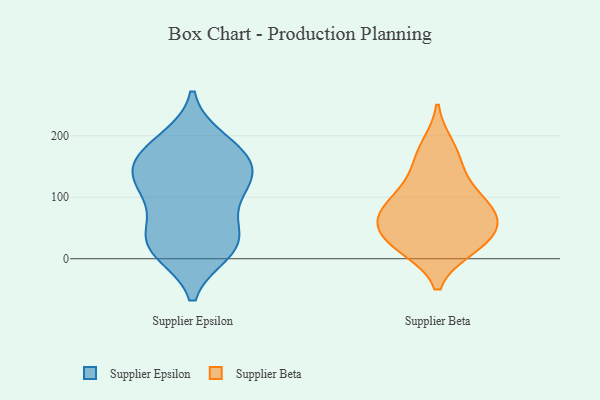
{"axis": {"x": "Net Income (USD K)", "y": "Value"}, "legend": ["Supplier Beta", "Supplier Epsilon"], "data": [{"x": "", "y": 100, "type": "Supplier Epsilon"}, {"x": "", "y": 121, "type": "Supplier Epsilon"}, {"x": "", "y": 11, "type": "Supplier Epsilon"}, {"x": "", "y": 22, "type": "Supplier Epsilon"}, {"x": "", "y": 186, "type": "Supplier Epsilon"}, {"x": "", "y": 48, "type": "Supplier Epsilon"}, {"x": "", "y": 156, "type": "Supplier Epsilon"}, {"x": "", "y": 150, "type": "Supplier Epsilon"}, {"x": "", "y": 127, "type": "Supplier Epsilon"}, {"x": "", "y": 13, "type": "Supplier Epsilon"}, {"x": "", "y": 171, "type": "Supplier Epsilon"}, {"x": "", "y": 23, "type": "Supplier Epsilon"}, {"x": "", "y": 193, "type": "Supplier Epsilon"}, {"x": "", "y": 108, "type": "Supplier Epsilon"}, {"x": "", "y": 147, "type": "Supplier Epsilon"}, {"x": "", "y": 49, "type": "Supplier Epsilon"}, {"x": "", "y": 27, "type": "Supplier Beta"}, {"x": "", "y": 182, "type": "Supplier Beta"}, {"x": "", "y": 159, "type": "Supplier Beta"}, {"x": "", "y": 123, "type": "Supplier Beta"}, {"x": "", "y": 56, "type": "Supplier Beta"}, {"x": "", "y": 18, "type": "Supplier Beta"}, {"x": "", "y": 20, "type": "Supplier Beta"}, {"x": "", "y": 48, "type": "Supplier Beta"}, {"x": "", "y": 88, "type": "Supplier Beta"}, {"x": "", "y": 70, "type": "Supplier Beta"}, {"x": "", "y": 96, "type": "Supplier Beta"}, {"x": "", "y": 70, "type": "Supplier Beta"}]}